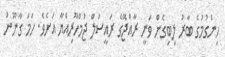
ހިންގުމުގެ ބާރު ލިބިގެން ވަނީ ރާއްޖޭގެ ރައީސުލް ޖުމްހޫރިއްޔާ އަށެވެ. ހަމަ ގާނޫނު